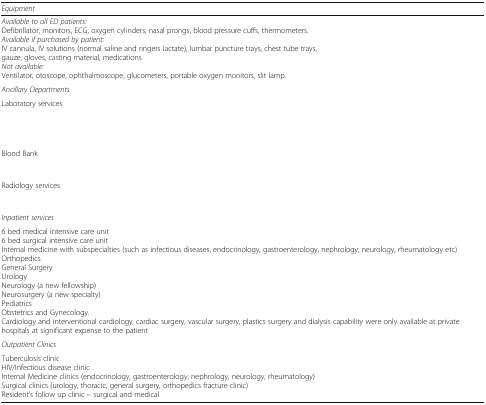
<table><thead><tr><td colspan="2"><b><i>Equipment</i></b></td></tr></thead><tbody><tr><td colspan="2"><i>Available to all ED patients:</i>Defibrillator, monitors, ECG, oxygen cylinders, nasal prongs, blood pressure cuffs, thermometers.<i>Available if purchased by patient:</i>IV cannula, IV solutions (normal saline and ringers lactate), lumbar puncture trays, chest tube trays, gauze, gloves, casting material, medications<i>Not available:</i>Ventilator, otoscope, ophthalmoscope, glucometers, portable oxygen monitors, slit lamp.</td></tr><tr><td colspan="2"><i>Ancillary Departments</i></td></tr><tr><td>Laboratory services</td><td>[EMPTY_CELL]</td></tr><tr><td>Blood Bank</td><td>[EMPTY_CELL]</td></tr><tr><td>Radiology services</td><td>[EMPTY_CELL]</td></tr><tr><td colspan="2"><i>Inpatient services</i></td></tr><tr><td colspan="2">6 bed medical intensive care unit6 bed surgical intensive care unitInternal medicine with subspecialties (such as infectious diseases, endocrinology, gastroenterology, nephrology, neurology, rheumatology etc)OrthopedicsGeneral SurgeryUrologyNeurology (a new fellowship)Neurosurgery (a new specialty)PediatricsObstetrics and Gynecology.Cardiology and interventional cardiology, cardiac surgery, vascular surgery, plastics surgery and dialysis capability were only available at private hospitals at significant expense to the patient</td></tr><tr><td colspan="2"><i>Outpatient Clinics</i></td></tr><tr><td colspan="2">Tuberculosis clinicHIV/Infectious disease clinicInternal Medicine clinics (endocrinology, gastroenterology, nephrology, neurology, rheumatology)Surgical clinics (urology, thoracic, general surgery, orthopedics fracture clinic)Resident’s follow up clinic – surgical and medical</td></tr></tbody></table>